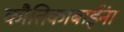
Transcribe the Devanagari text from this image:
कौतिकाबाईंना